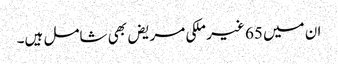
ان میں 65 غیر ملکی مریض بھی شامل ہیں۔